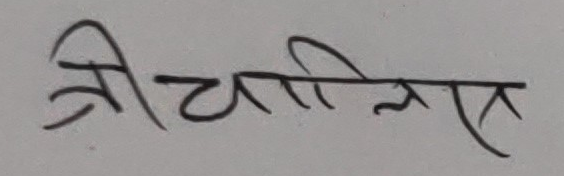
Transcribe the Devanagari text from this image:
श्री चालिस्सा